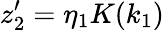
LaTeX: z_{2}^{\prime}=\eta_{1}K(k_{1})